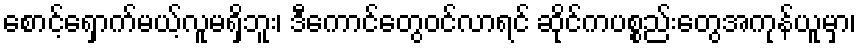
စောင့်ရှောက်မယ့်လူမရှိဘူး၊ ဒီကောင်တွေဝင်လာရင် ဆိုင်ကပစ္စည်းတွေအကုန်ယူမှာ၊